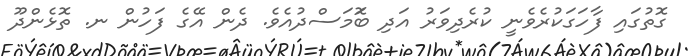
ގޮތުގައި ފާހަގަކުރެވެނީ ކުރެދިވަރު އަދި ބޮަމަސްދުއެވެ. ދެން އޭގެ ފަހުން ނ. ތޮޅެންދޫ